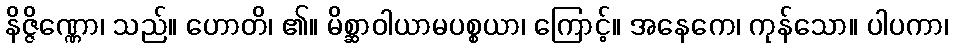
နိဇ္ဇိဏ္ဏော၊ သည်။ ဟောတိ၊ ၏။ မိစ္ဆာဝါယာမပစ္စယာ၊ ကြောင့်။ အနေကေ၊ ကုန်သော။ ပါပကာ၊